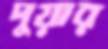
দুয়ার